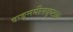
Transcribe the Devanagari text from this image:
वाङ्‌मयीनदृष्ट्या